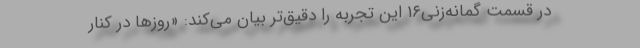
در قسمت گمانه‌زنی۱۶ این تجربه را دقیق‌تر بیان می‌کند: «روزها در کنار